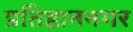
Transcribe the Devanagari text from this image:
प्रतिष्ठाननगर